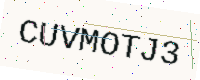
Text: CUVMOTJ3